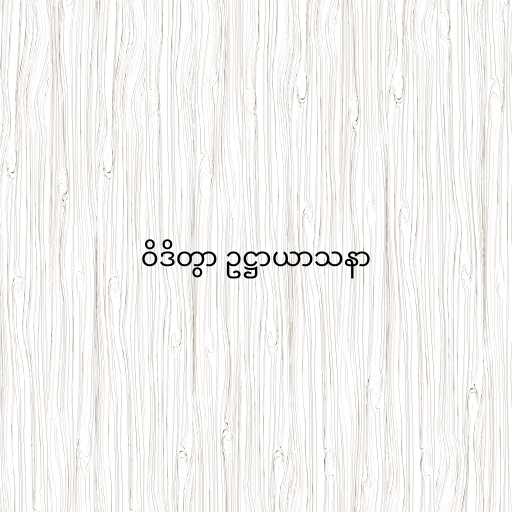
ဝိဒိတွာ ဥဋ္ဌာယာသနာ